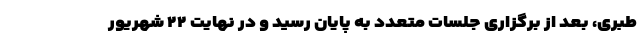
طبری، بعد از برگزاری جلسات متعدد به پایان رسید و در نهایت ۲۲ شهریور